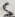
Text: 5